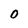
Character: 0